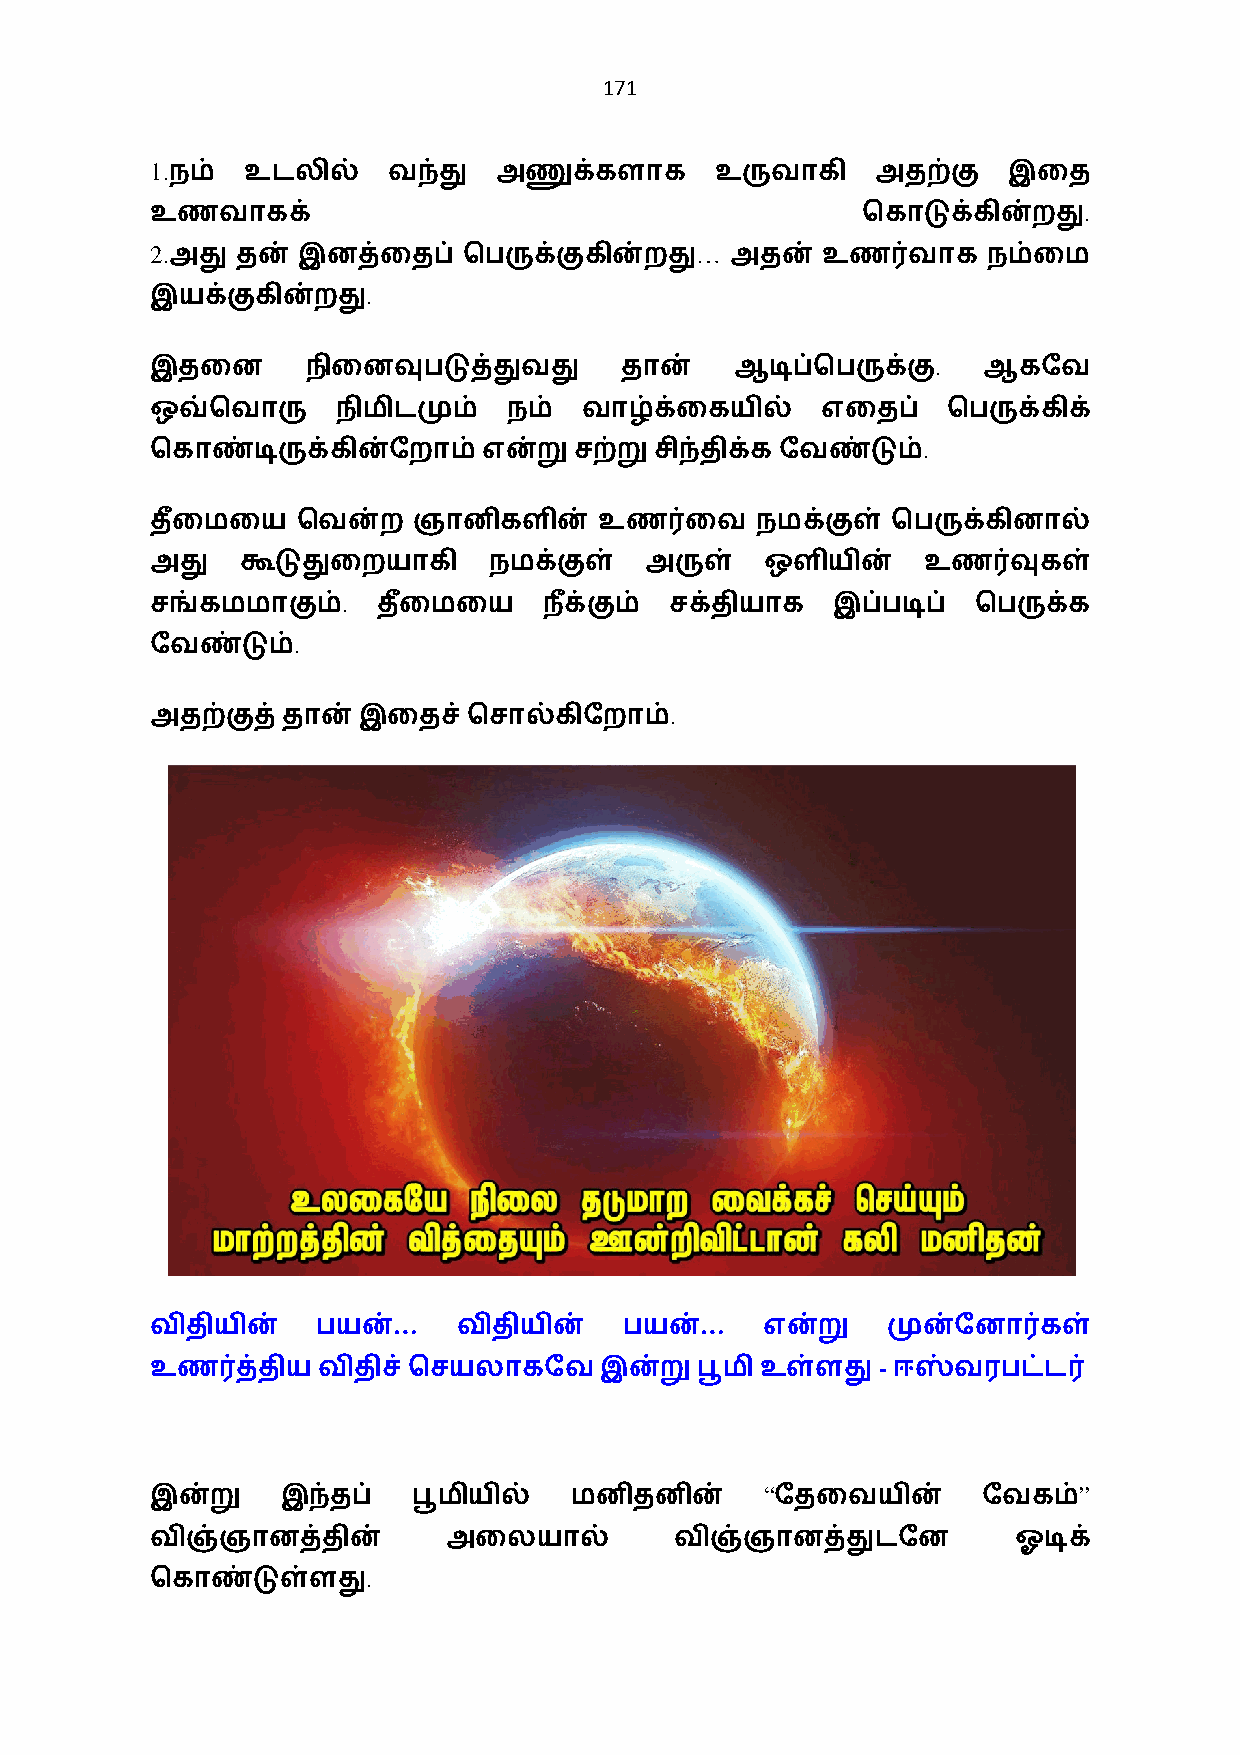
171
 1.
 நம்  உடலில்    வந்து  அணுக்களாக     உருவாகி    அதற்கு   இைத
 .
 உணவாகக்                                        ெகாடுக்கின்றது
 2.                                  …
 அது  தன் இனத்ைதப்   ெபருக்குகின்றது  அதன்  உண0வாக     நம்ைம
 .
 இயக்குகின்றது
 .
 இதைன      நிைனவுபடுத்துவது     தான்    ஆடிப்ெபருக்கு   ஆகேவ
 ஒவ்ெவாரு    நிமிடமும்   நம்  வாழ்க்ைகயில்   எைதப்    ெபருக்கிக்
 .
 ெகாண்டிருக்கின்ேறாம்  என்று சற்று சிந்திக்கேவண்டும்
 தை+ மைய   ெவன்ற  ஞானிகளின்    உண0ைவ     நமக்குள் ெபருக்கினால்
 அது   கூடுதுைறயாகி    நமக்குள்   அருள்   ஒளியின்   உண0வுகள்
 .
 சங்கமமாகும்    தை+ மைய    ந+க்கும் சக்தியாக  இப்படிப்  ெபருக்க
 .
 ேவண்டும்
 .
 அதற்குத்தான்  இைதச்  ெசால்கிேறாம்
 …                   …
 விதியின்   பயன்     விதியின்   பயன்      என்று   முன்ேனா0கள்
 -
 உண0த்தியவிதிச்ெசயலாகேவ        இன்றுபூமி உள்ளது   ஈஸ்வரபட்ட0
 “                   ”
 இன்று    இந்தப்  பூமியில்   மனிதனின்     ேதைவயின்      ேவகம்
 விஞ்ஞானத்தின்       அைலயால்        விஞ்ஞானத்துடேன        ஓடிக்
 .
 ெகாண்டுள்ளது